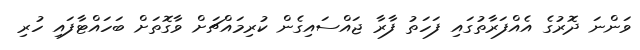
ވަންނަ ދޮރުގެ އެއްފަރާތުގައި ފަހަތު ފާރާ ޖައްސައިގެން ކުރިމައްޗަށް ވާގޮތަށް ބަހައްޓާފައި ހުރި